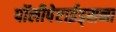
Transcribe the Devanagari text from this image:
पॉलीपेप्टाईड्सना